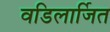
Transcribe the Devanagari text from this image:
वडिलार्जित